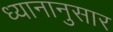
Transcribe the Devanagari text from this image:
ध्यानानुसार